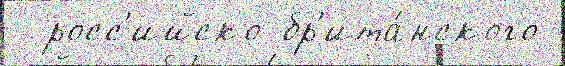
  росс'ийско-бр'ита́нского